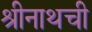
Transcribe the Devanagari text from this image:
श्रीनाथची